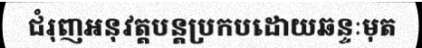
ជំរុញអនុវត្តបន្តប្រកបដោយឆន្ទៈមុត